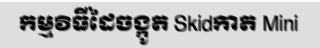
កម្មវិធីដៃចង្កូត Skidកាត Mini